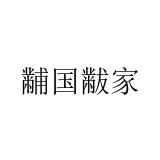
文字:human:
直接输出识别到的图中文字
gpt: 黼国黻家